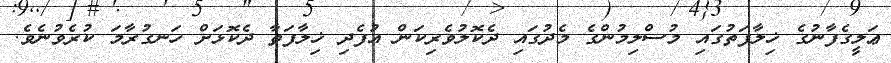
ޢަލީގެފާނުގެ ޚިލާފަތުގައި މުސްލިމުންގެ މެދުގައި ދެކޮލުވެރިކަން އުފެދި ޚިލާފަތާ ދެކޮޅަށް ހަނގުރާމަ ކުރެވުނެވެ.